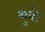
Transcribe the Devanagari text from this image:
थुबो